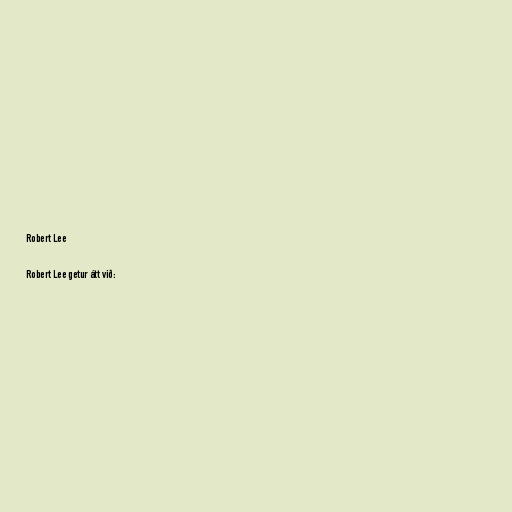
Robert Lee

Robert Lee getur átt við: